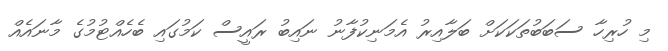
މި ހުރިހާ ސަބަބުތަކަކަށް ބަލާއިރު އެމަނިކުފާނު ނައިބު ރައީސް ކަމުގައި ބެހެއްޓުމުގެ މާނައެއް